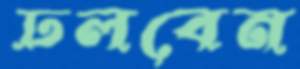
ঢলবেন